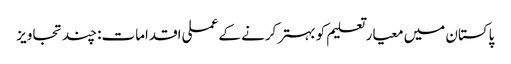
پاکستان میں معیار تعلیم کو بہتر کرنے کے عملی اقدامات: چند تجاویز